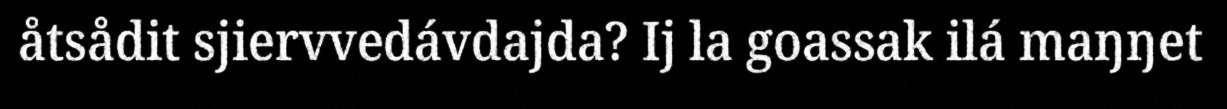
åtsådit sjiervvedávdajda? Ij la goassak ilá maŋŋet